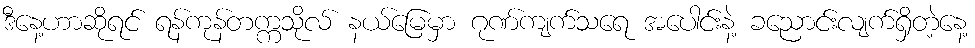
ဒီနေ့ဟာဆိုရင် ရန်ကုန်တက္ကသိုလ် နယ်မြေမှာ ဂုဏ်ကျက်သရေ အပေါင်းနဲ့ ခညောင်းလျက်ရှိတဲ့နေ့